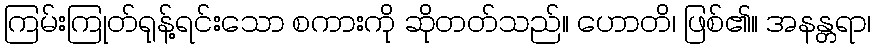
ကြမ်းကြုတ်ရုန့်ရင်းသော စကားကို ဆိုတတ်သည်။ ဟောတိ၊ ဖြစ်၏။ အနန္တရာ၊